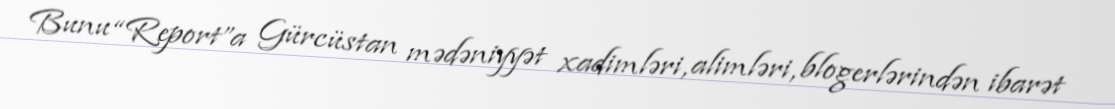
Bunu “Report”a Gürcüstan mədəniyyət xadimləri, alimləri, blogerlərindən ibarət